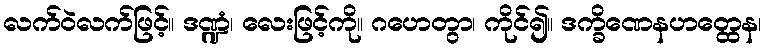
လက်ဝဲလက်ဖြင့်။ ဒဏ္ဍံ၊ လေးဖြင့်ကို။ ဂဟေတွာ၊ ကိုင်၍။ ဒက္ခိဏေနဟတ္ထေန၊